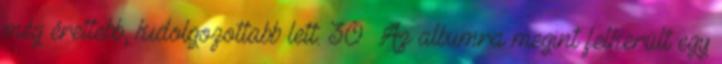
még érettebb, kidolgozottabb lett. 30 Az albumra megint felkerült egy